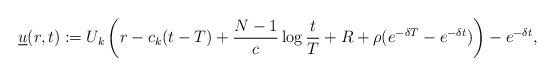
LaTeX: \begin{align*}\underline u(r,t):=U_{k}\left(r-c_{k}(t-T)+\frac{N-1}{c}\log \frac{t}T +R+\rho (e^{-\delta T}-e^{-\delta t})\right)-e^{-\delta t},\end{align*}